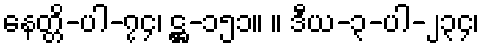
နေတ္တိ-ပါ-၇၄၊ ဋ္ဌ-၁၅၁။ ။ ဒီယ-၃-ပါ-၂၃၄၊